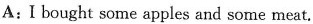
A:I bought some apples and some meat.